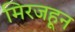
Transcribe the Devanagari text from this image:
मिरजहून